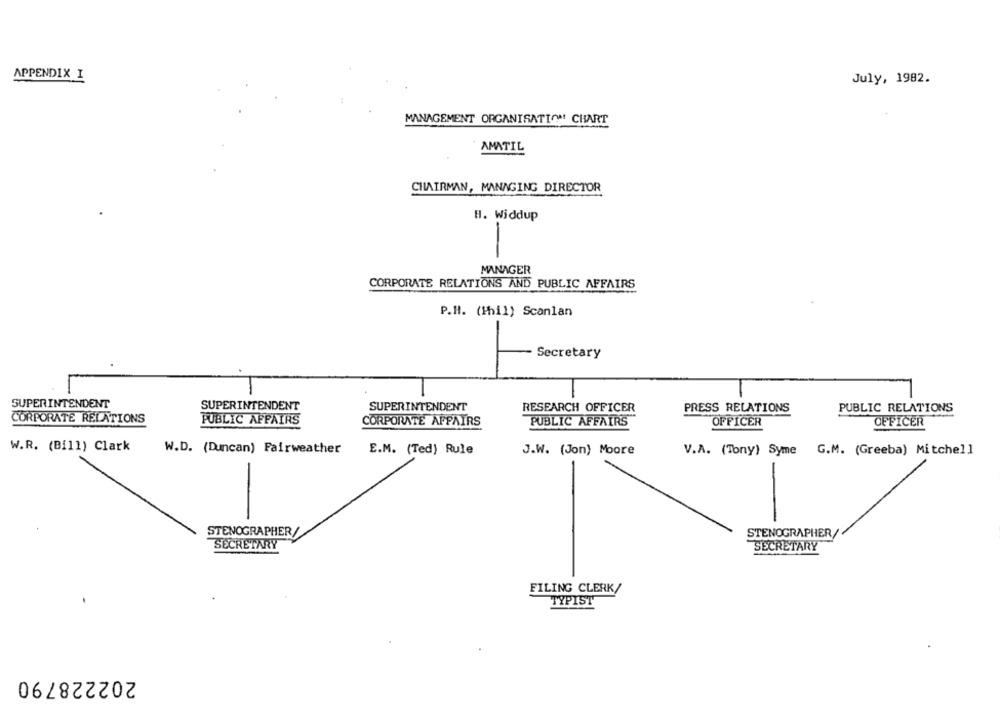
APPENDIX I
July, 1982.
MANAGEMENT ORGANISATION CHART
AMATIL
CHAIRMAN, MANAGING DIRECTOR
H. Widdup
-
MANAGER
CORPORATE RELATIONS AND PUBLIC AFFAIRS
P.H. (Ihil) Scanlan
-
Secretary
-
SUPERINTENDENT
SUPERINTENDENT
SUPERINTENDENT
RESEARCH OFFICER
PRESS RELATIONS
PUBLIC RELATIONS
CORPORATE RELATIONS
PUBLIC AFFAIRS
CORPORATE AFFAIRS
PUBLIC AFFAIRS
OFFICER
OFFICER
W.R. (Bill) Clark
W.D. (Duncan) Fairweather
E.M. (Ted) Rule
J.W. (Jon) Moore
V.A. (Tony) Syme G.M. (Greeba) Mitchell
-
STENOGRAPHER/
STENOGRAPHER/
SECRETARY
SECRETARY
FILING CLERK/
TYPIST
202228790